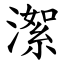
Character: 㵖